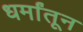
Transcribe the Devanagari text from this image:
धर्मांतून